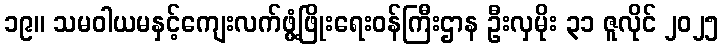
၁၉။ သမဝါယမနှင့်ကျေးလက်ဖွံ့ဖြိုးရေးဝန်ကြီးဌာန ဦးလှမိုး ၃၁ ဇူလိုင် ၂၀၂၅